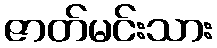
ဇာတ်မင်းသား